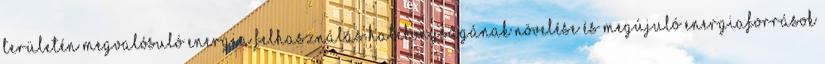
területén megvalósuló Energia felhasználás hatékonyságának növelése és megújuló energiaforrások